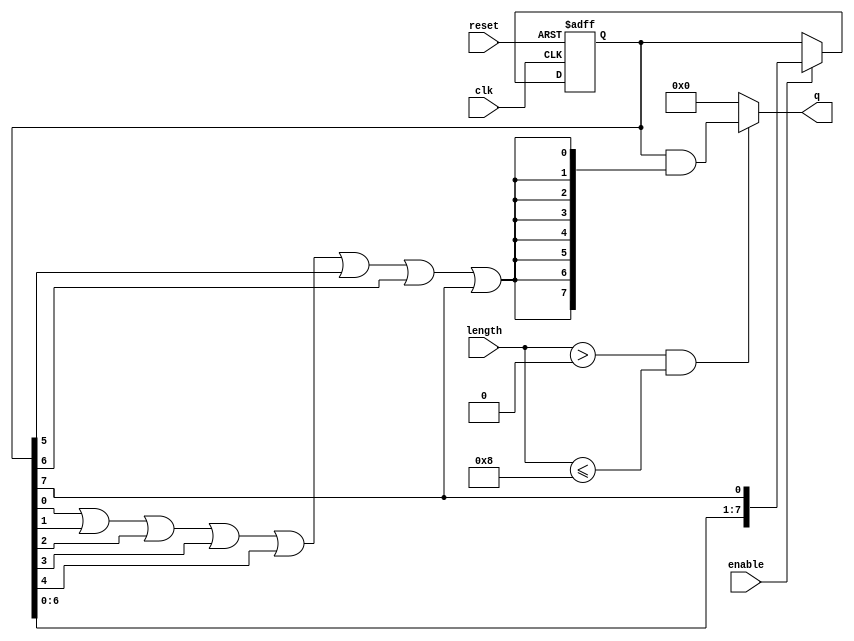
module variable_length_ring_counter #(
    parameter MAX_LENGTH = 8  // Maximum number of flip-flops
)(
    input wire clk,               // Clock input
    input wire reset,             // Asynchronous reset
    input wire enable,            // Enable signal
    input wire [2:0] length,      // Length input (binary encoded)
    output reg [MAX_LENGTH-1:0] q // Output state of the flip-flops
);

// Internal variables
reg [MAX_LENGTH-1:0] ring; // Internal ring counter

// Asynchronous reset and format input length
always @(posedge clk or posedge reset) begin
    if (reset) begin
        ring <= 0; // Clear the ring on reset
        ring[0] <= 1; // Set the first flip-flop to 1
    end else if (enable) begin
        // Shift the ring counter
        ring <= {ring[MAX_LENGTH-2:0], ring[MAX_LENGTH-1]}; // Shift left
    end
end

// Length control logic
always @(*) begin
    // Output only the active length of the ring
    if (length > 0 && length <= MAX_LENGTH) begin
        q = ring & {(MAX_LENGTH){(ring[0] || ring[1] || ring[2] || ring[3] || ring[4] || ring[5] || ring[6] || ring[7])}}; // mask the outputs
    end else begin
        q = 0; // Set output to 0 if length is invalid
    end
end

endmodule